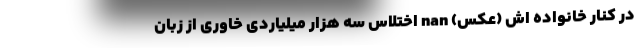
در کنار خانواده اش (عکس) nan اختلاس سه هزار میلیاردی خاوری از زبان